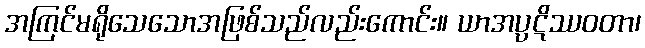
အကြင်မရိုသေသောအဖြစ်သည်လည်းကောင်း။ ယာအပ္ပဋိဿဝတာ၊